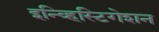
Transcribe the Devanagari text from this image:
इन्व्हिस्टिगेशन